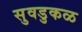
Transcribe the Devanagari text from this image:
सुवडुकळ